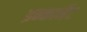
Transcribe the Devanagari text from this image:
इन्कार्नेट